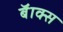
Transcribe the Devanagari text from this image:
बॅाक्स